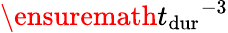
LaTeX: \ensuremath{t_{\mathrm{dur}}}^{-3}